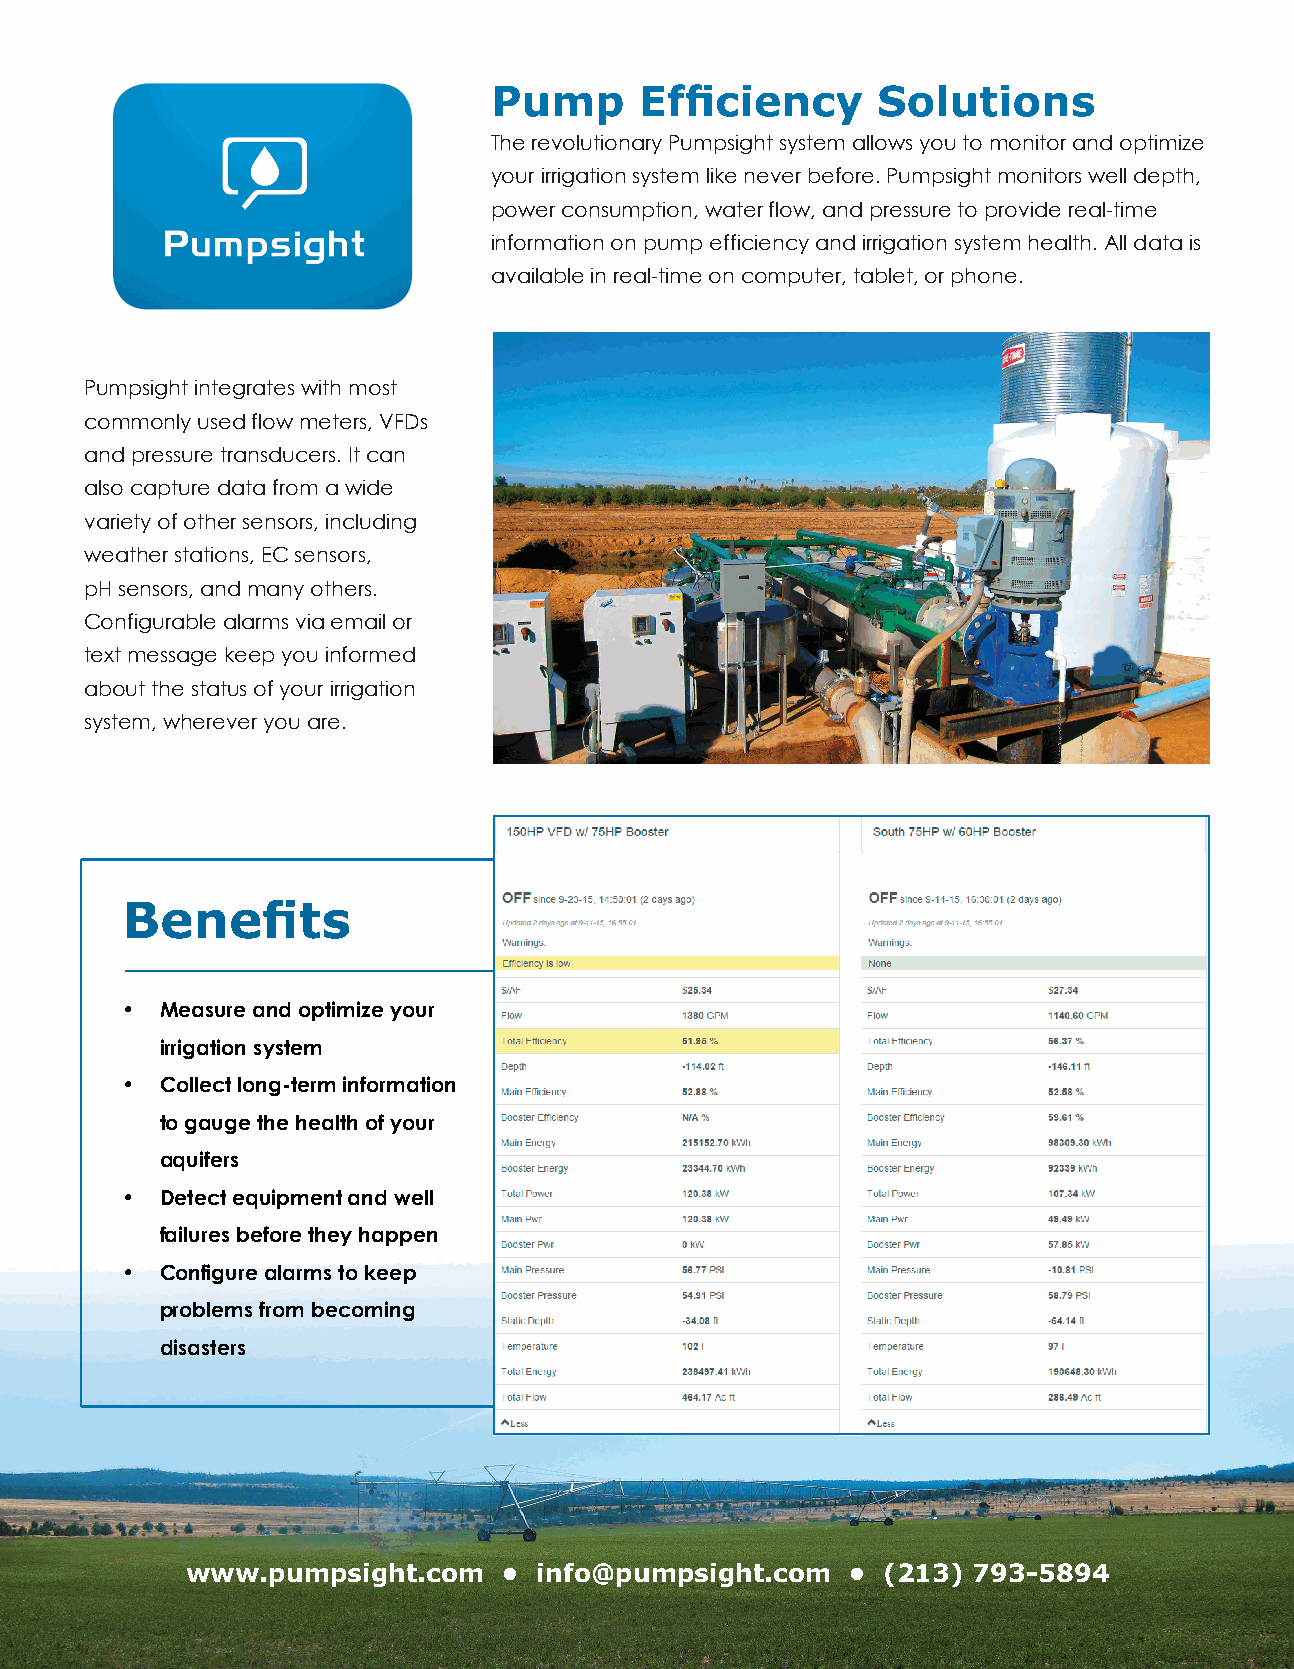
The revolutionary Pumpsight system allows you to monitor and optimize
 your irrigation system like never before. Pumpsight monitors well depth,
 power consumption, water flow, and pressure to provide real-time
 information on pump efficiency and irrigation system health. All data is
 available in real-time on computer, tablet, or phone.
 Pumpsight integrates with most
 commonly used flow meters, VFDs
 and pressure transducers. It can
 also capture data from a wide
 variety of other sensors, including
 weather stations, EC sensors,
 pH sensors, and many others.
 Configurable alarms via email or
 text message keep you informed
 about the status of your irrigation
 system, wherever you are.
 •  Measure and optimize your
 irrigation system
 •  Collect long-term information
 to gauge the health of your
 aquifers
 •  Detect equipment and well
 failures before they happen
 •  Configure alarms to keep
 problems from becoming
 disasters
 www.pumpsight.com    •  info@pumpsight.com  •  (213) 793-5894